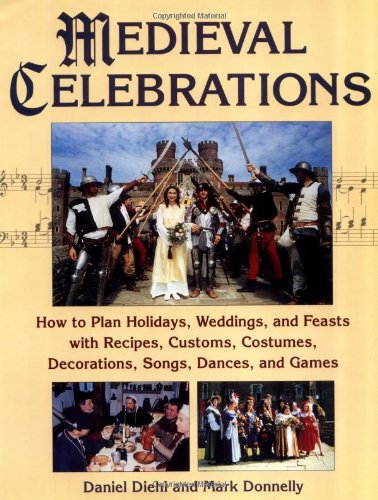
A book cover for Medieval Celebrations: How to Plan Holidays, Weddings, and Feasts with Recipes, Customs and Costumes; Daniel Diehl; Crafts, Hobbies & Home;